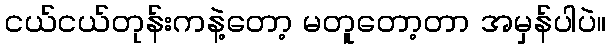
ငယ်ငယ်တုန်းကနဲ့တော့ မတူတော့တာ အမှန်ပါပဲ။